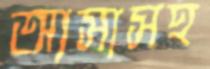
আসাসহ